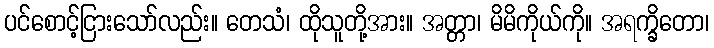
ပင်စောင့်ငြားသော်လည်း။ တေသံ၊ ထိုသူတို့အား။ အတ္တာ၊ မိမိကိုယ်ကို။ အရက္ခိတော၊